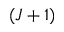
( J + 1 )